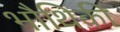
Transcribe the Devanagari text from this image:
भौथिकी